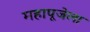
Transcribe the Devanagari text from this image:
महापूजेला